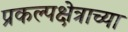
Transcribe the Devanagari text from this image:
प्रकल्पक्षेत्राच्या